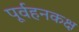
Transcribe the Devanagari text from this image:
पूर्वहनकक्ष